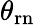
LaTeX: \theta_{\mathrm{{r}n}}